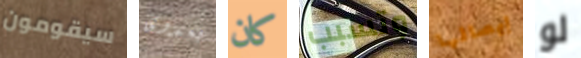
سيقومون بعدوى كان وتسبب إيصالها لو